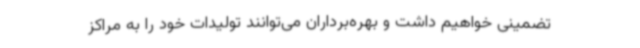
تضمینی خواهیم داشت و بهره‌برداران می‌توانند تولیدات خود را به مراکز